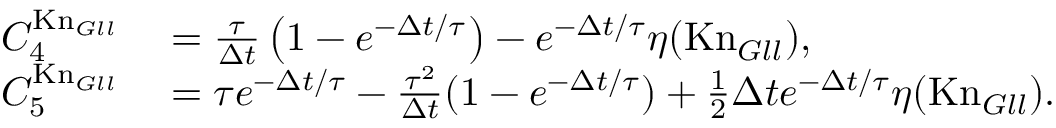
\begin{array} { r l } { C _ { 4 } ^ { \mathrm { K n } _ { G l l } } } & { { } = \frac { \tau } { \Delta t } \left( 1 - e ^ { - \Delta t / \tau } \right) - e ^ { - \Delta t / \tau } \eta ( \mathrm { K n } _ { G l l } ) , } \\ { C _ { 5 } ^ { \mathrm { K n } _ { G l l } } } & { { } = \tau e ^ { - \Delta t / \tau } - \frac { \tau ^ { 2 } } { \Delta t } ( 1 - e ^ { - \Delta t / \tau } ) + \frac 1 2 \Delta t e ^ { - \Delta t / \tau } \eta ( \mathrm { K n } _ { G l l } ) . } \end{array}